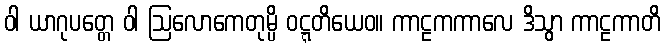
ဝါ ယာဂုပတ္တေ ဝါ ဩလောကေတုမ္ပိ ဝဋ္ဋတိယေဝ။ ကာဠကကာလေ ဒိသွာ ကာဠကာတိ